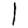
Digit: 1